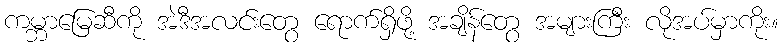
ကမ္ဘာမြေဆီကို အဲဒီအလင်းတွေ ရောက်ရှိဖို့ အချိန်တွေ အများကြီး လိုအပ်မှာကိုး။